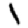
Digit: 1